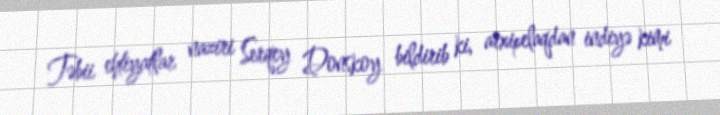
Təbii ehtiyatlar naziri Serqey Donskoy bildirib ki, arxipelaqdan indiyə kimi